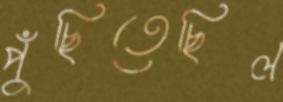
পুঁছিতেছিল